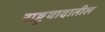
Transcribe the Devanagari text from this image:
राष्ट्रवादातील